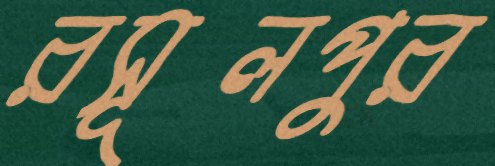
রসূলপুর